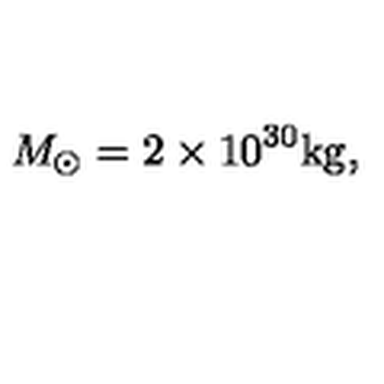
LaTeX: M _ { \odot } = 2 \times 1 0 ^ { 3 0 } \mathrm { k g } ,